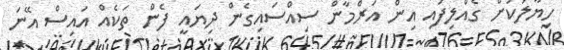
ހިޔާލަކަށް ގެއްލިފައި އިން އަރްމާން ސިއްސައިގެން ދިޔައީ ފެން ތަކެއް އައިސް އޭނަ